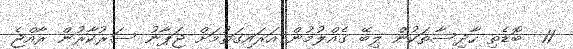
11  ބޮޑެތި ހާދިސާތަކުން ލިބޭ ގެއްލުމުން އަރައިގަތުމަށް ޖަޕާނު ސަރުކާރުން ރާއްޖެ